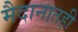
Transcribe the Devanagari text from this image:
मैदानातही